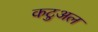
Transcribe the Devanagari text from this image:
कटुअल